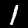
Label: 1